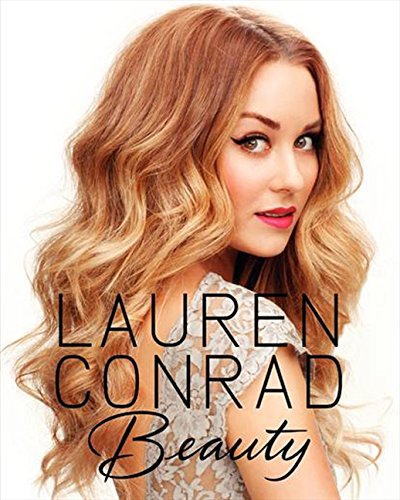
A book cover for Lauren Conrad Beauty; Lauren Conrad; Humor & Entertainment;